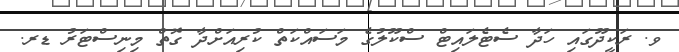
ވ. ރަކީދޫގައި ހަދާ ސެޓެލައިޓް ސްކޫލުގެ މަސައްކަތް ކުރިއަށްދާ ގޮތް މިނިސްޓަރު ޑރ.